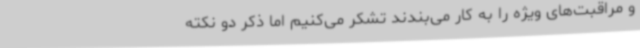
و مراقبت‌های ویژه را به کار می‌بندند تشکر می‌کنیم اما ذکر دو نکته